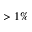
> 1 \%